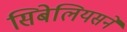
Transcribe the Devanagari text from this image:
सिबेलियसने